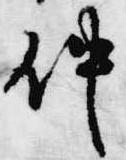
仲